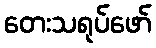
တေးသရုပ်ဖော်